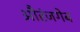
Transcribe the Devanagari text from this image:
औरंजगेब